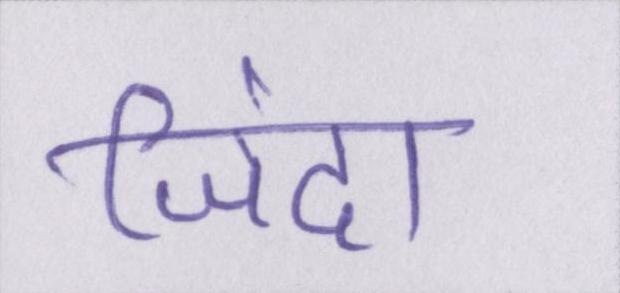
जिंदा